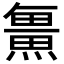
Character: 𭻯